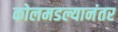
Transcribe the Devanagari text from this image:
कोलमडल्यानंतर